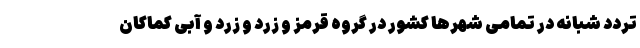
تردد شبانه در تمامی شهرها کشور در گروه قرمز و زرد و زرد و آبی کماکان